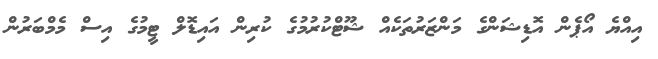
އިއްޔެ އޯޕެން އޮޑިޝަންގެ މަންޒަރުތަކެއް ޝޫޓްކުރުމުގެ ކުރިން އައިޑޮލް ޓީމުގެ އިސް މެމްބަރުން